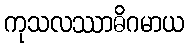
ကုသလဿာဓိဂမာယ